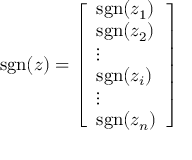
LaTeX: \operatorname { s g n } ( z ) = { \left[ \begin{array} { l } { \operatorname { s g n } ( z _ { 1 } ) } \\ { \operatorname { s g n } ( z _ { 2 } ) } \\ { \vdots } \\ { \operatorname { s g n } ( z _ { i } ) } \\ { \vdots } \\ { \operatorname { s g n } ( z _ { n } ) } \end{array} \right] }